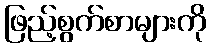
ဖြည့်စွက်စာများကို